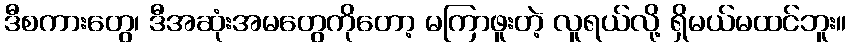
ဒီစကားတွေ၊ ဒီအဆုံးအမတွေကိုတော့ မကြာဖူးတဲ့ လူရယ်လို့ ရှိမယ်မထင်ဘူး။